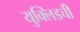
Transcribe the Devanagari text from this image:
युक्लिडची